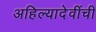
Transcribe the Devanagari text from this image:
अहिल्यादेवींची